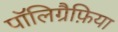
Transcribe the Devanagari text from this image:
पॉलिग्रैफ़िया